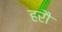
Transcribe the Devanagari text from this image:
हरौ